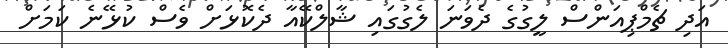
އަދި ޗެމްޕިއަންސް ލީގުގެ ދެވަނަ ލެގުގައި ޝާލްކޭއާ ދެކޮޅަށް ވެސް ކުޅޭނެ ކަމަށް